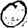
Digit: 0